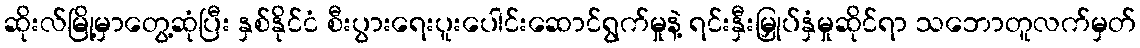
ဆိုးလ်မြို့မှာတွေ့ဆုံပြီး နှစ်နိုင်ငံ စီးပွားရေးပူးပေါင်းဆောင်ရွက်မှုနဲ့ ရင်းနှီးမြှုပ်နှံမှုဆိုင်ရာ သဘောတူလက်မှတ်